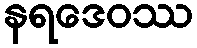
နရဒေဝဿ